Annual report on the lock hospitals of the Madras Presidency
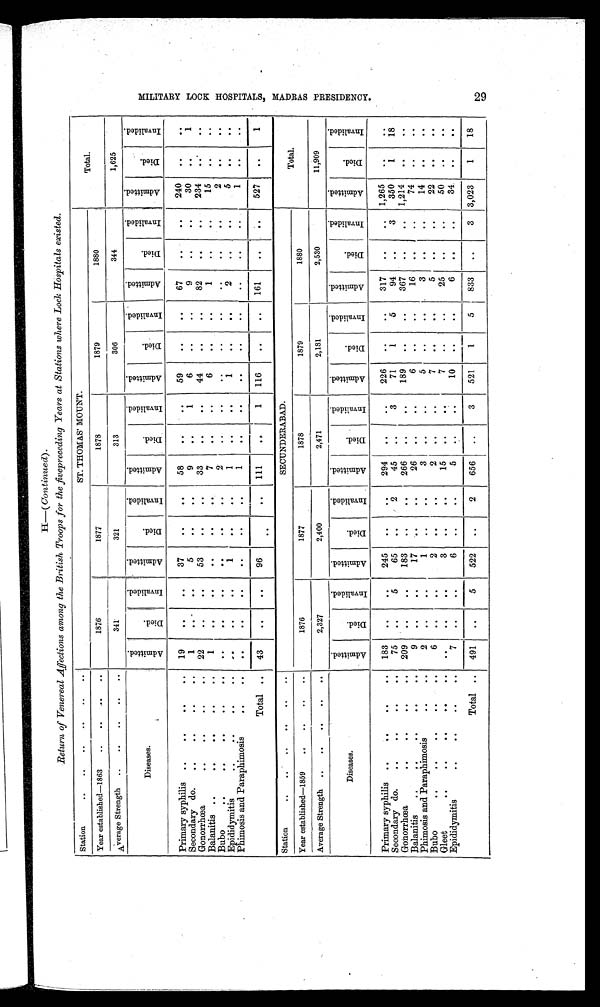
H—( Continued).
Return of Venereal Affections among the British Troops for the five preceding Years at Stations where Lock Hospitals existed.
Station
. .. .. .. .. .
ST. THOMAS' MOUNT.
Total.
Year established—1863
..
..
1876
1877
1878
1879
1880
Average Strength ..
..
..
. .. .
341
321
313
306
344
1,625
Diseases.
A d m i t t e d .
D i e d .
I n v a l i d e d .
A d m i t t e d .
D i e d .
I n v a l i d e d .
A d m i t t e d .
D i e d .
I n v a l i d e d .
A d m i t t e d .
D i e d .
I n v a l i d e d .
A d m i t t e d .
D i e d .
I n v a l i d e d .
A d m i t t e d .
D i e d .
I n v a l i d e d .
Primary syphilis . . . . .. . .
19
. .
..
37
..
..
58
. .
..
59
..
. .
67
..
..
240
..
. .
Secondary do.
..
. .. .. .
1
. .
. .
5
. .
. .
9
. .
1
6
. .
..
9
..
..
30
. .
1
Gonorrhœa
.. .. .. .
22
. .
. .
53
..
. .
33
..
..
44
..
. .
82
. .
..
234
. .
. .
Balanitis ..
. .. .. .
1
. .
..
. .
..
. .
7
. .
. .
6
. .
..
1
. .
..
15
. .
. .
Bubo
. .. . .. . .
. .
. .
..
. .
. .
. .
2
. .
. .
. .
..
..
. .
. .
..
2
. .
. .
Epididymitis
..
..
..
..
..
..
..
1
. .
..
1
..
..
1
. . ..
2
. .
..
5
. .
..
Phimosis and Paraphimosis
. .
. .
. .
..
..
..
. .
1
. .
..
..
. .
. .
. .
..
. .
1
. .
. .
Total ..
43
. .
..
96
. .
. .
111
. .
1
116
..
..
161
.
.
. .
527
..
1
Station
. .. . . . .. .. . . .
SECUNDERABAD.
Total.
Year established—1859
..
. .. . ..
1876
1877
1878
1879
1880
Average Strength ..
..
..
..
..
2,327
2,400
2,471
2,181
2,530
11,909
Diseases.
A d m i t t e d .
D i e d .
I n v a l i d e d .
A d m i t t e d .
D i e d .
I n v a l i d e d .
A d m i t t e d .
D i e d .
I n v a l i d e d .
A d m i t t e d .
D i e d .
I n v a l i d e d .
A d m i t t e d .
D i e d .
I n v a l i d e d .
A d m i t t e d .
D i e d .
I n v a l i d e d .
Primary syphilis ..
. .. . ..
183
. .
..
245
. .
. .
294
. .
. .
226
..
..
317
..
. . 1,265
. .
. .
Secondary do.
. .. . . . ..
75
..
5
65
. .
2 45
3
3
71
1
5
94
..
3
350
1
18
Gonorrhœa
. .. . .. ..
209
..
. .
183
..
. .
266
..
. .
189
. .
. .
367
. .
..
1,214
. .
. .
Balanitis
. . .. . .. .
9
..
..
17
. .
. .
26
. .
. .
6
. .
..
16
..
..
74
..
..
Phimosis and Paraphimosis
. .. .
2
..
. .
1
. .
. .
3
. .
. .
5
..
..
3
..
. .
14
..
. .
Bubo
..
. .
. .
. .. .
6
. .
..
2
. .
. .
2
.
. .
7
. .
. .
5
..
..
22
. .
. .
Gleet
. .. .. .. . ..
. .
..
. .
3
..
. .
15
..
. .
7
..
. .
25
. .
. .
50
..
. .
Epididymitis
. .. . . . ..
7
..
. .
6
. .
. .
5
. .
. .
10
. .
. .
6
. .
. .
34
..
. .
Total ..
491
..
5
522
..
2
656
. .
3
521
1
5
833
. .
3 3,023
1
18
M I L I T A R Y L O C K H O S P I T A L S , M A D R A S P R E S I D E N C Y .
29